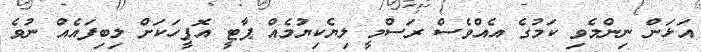
އަޅަން ނިންމެވި ކަމުގެ އެއްވެސް ރަސްމީ ލިޔެކިޔުމެއް ޕާޓީ އޮފީހަކަށް ލިބިފައެއް ނުވެ